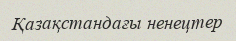
Қазақстандағы ненецтер